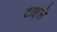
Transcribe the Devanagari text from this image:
टाइले